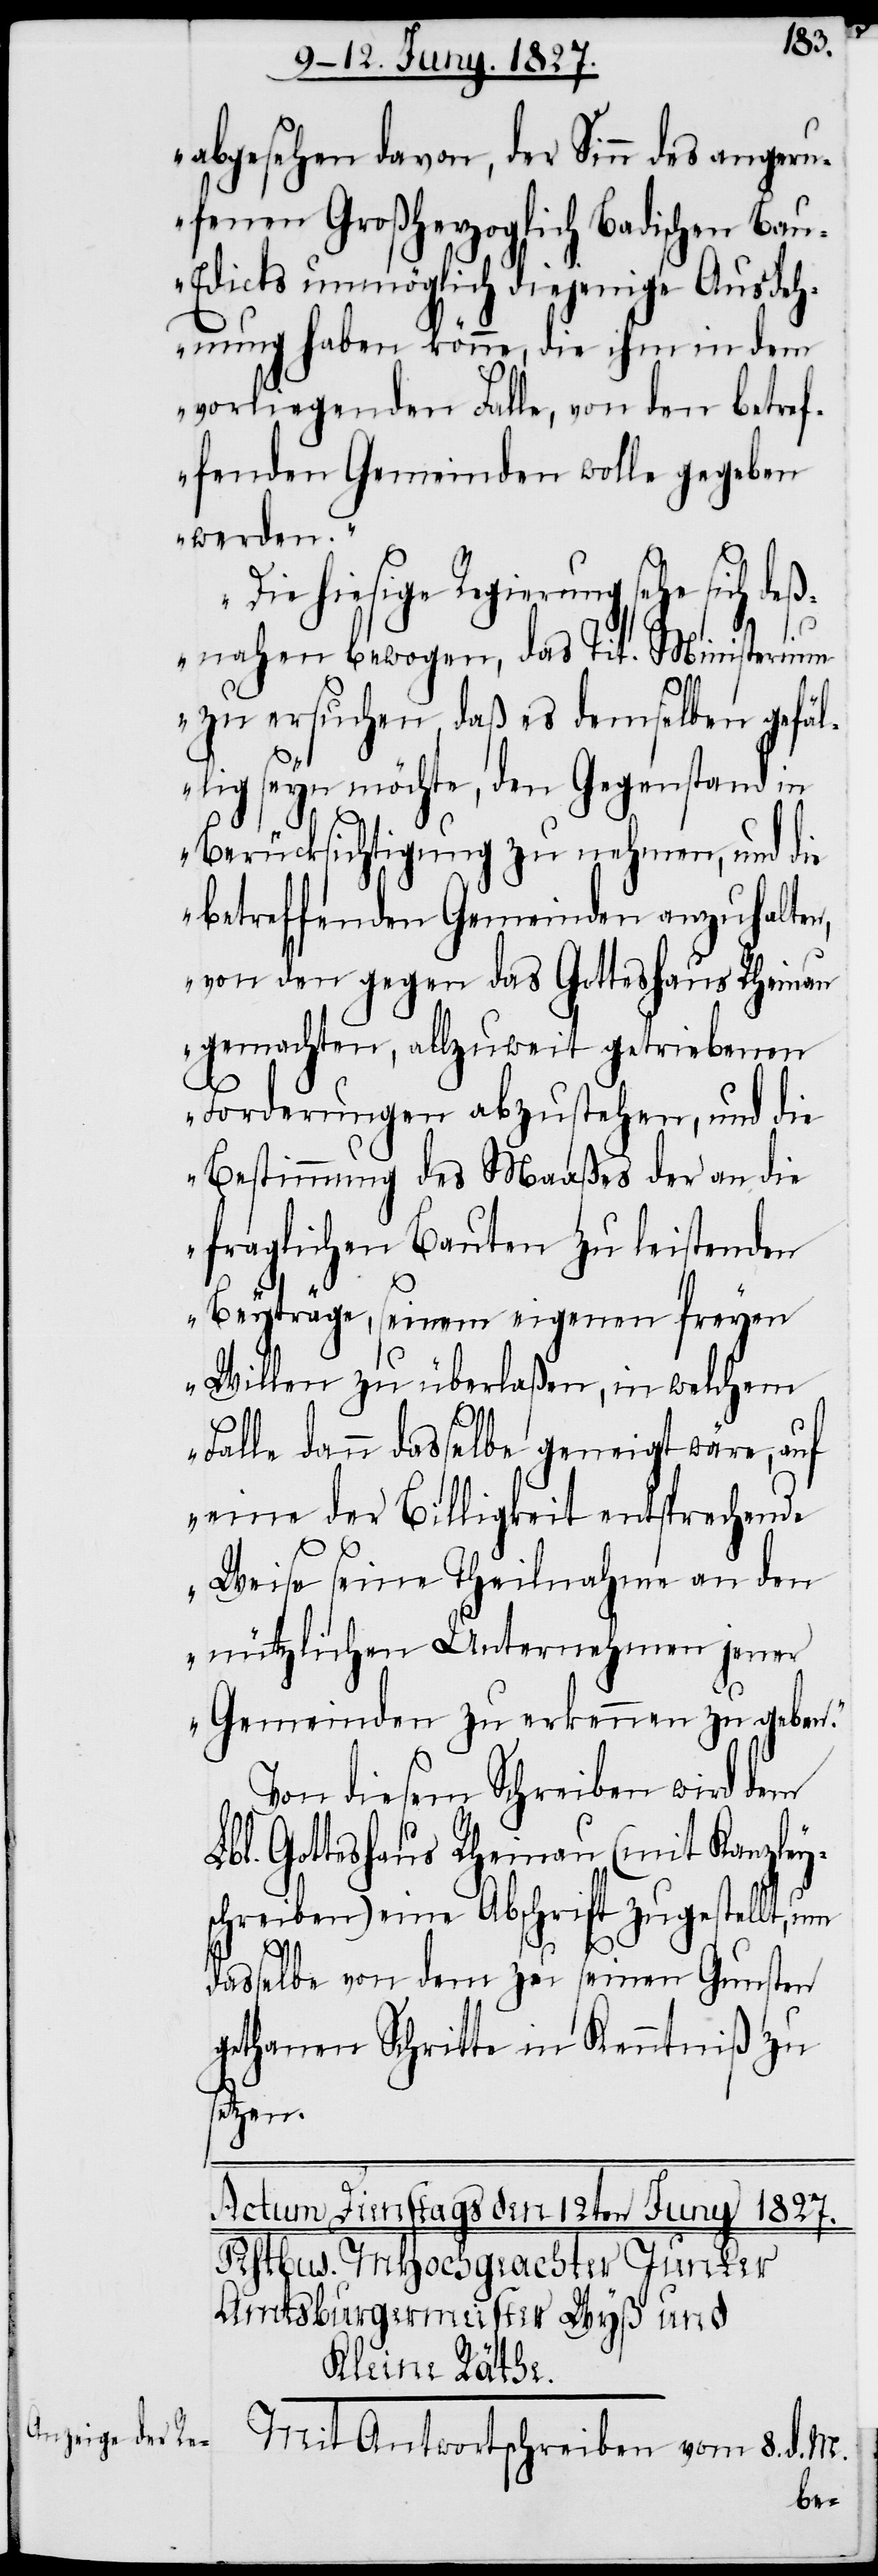
abgesehen davon, der Sinn des angeru¬
fenen Großherzoglich Badischen Ba¬
u-Edicts unmöglich diejenige Ausdeh¬
nung haben könne, die ihm in dem
vorliegenden Falle, von den betref¬
fenden Gemeinden wolle gegeben
werden.
Die hiesige Regierung sehe sich d¬
eßnahen bewogen, das Tit. Ministerium
zu ersuchen, daß es demselben gefäl¬
lig seyn möchte, den Gegenstand in
Berücksichtigung zu nehmen, und die
betreffenden Gemeinden anzuhalten,
von den gegen das Gotteshaus Rheinau
gemachten, allzuweit getriebenen
Forderungen abzustehen, und die
Bestimmung des Maaßes der an die
fraglichen Bauten zu leistenden
Beyträge, seinem eigenen freyen
Willen zu überlaßen, in welchem
Falle dann dasselbe geneigt wäre, auf
eine der Billigkeit entsprechende
Weise seine Theilnahme an den
nützlichen Unternehmen jener
Gemeinden zu erkennen zu geben.“
Von diesem Schreiben wird dem
Lbl. Gotteshaus Rheinau (mit Kanzley¬
schreiben) eine Abschrift zugestellt, um
dasselbe von dem zu seinen Gunsten
gethanen Schritte in Kenntniß zu
setzen.
Mit Antwortschreiben vom 8. d. M.